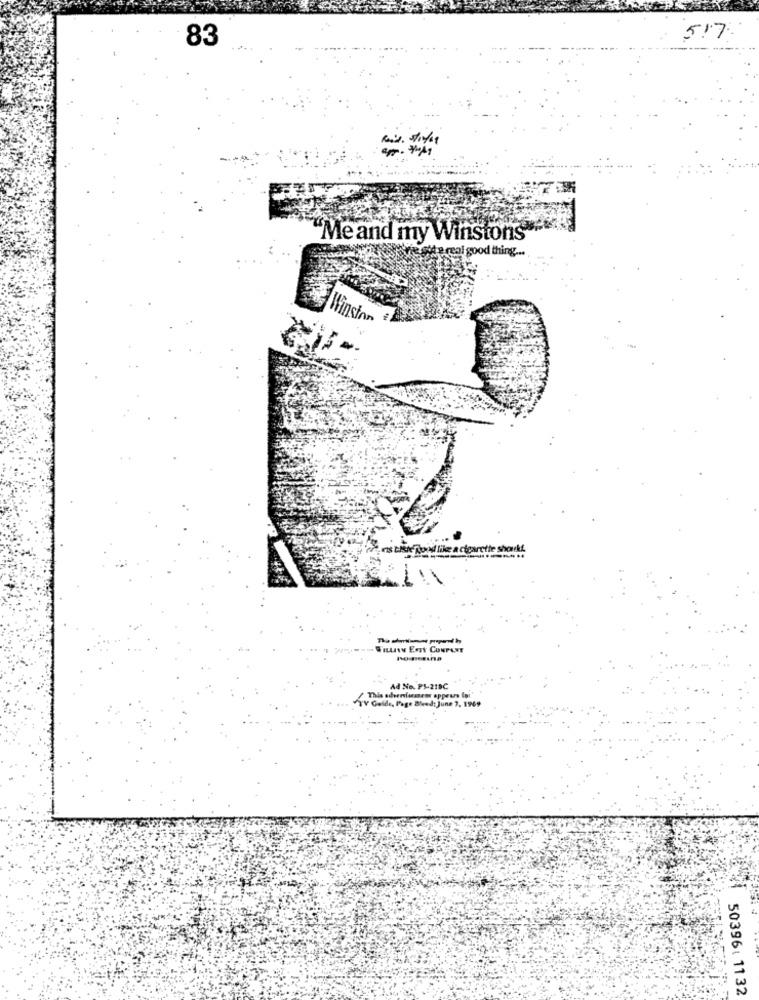
517
83
"Me and my Winstons
e real good thing ...
Winston
ris tiste Tond like a cigarette shouki.
Ad No. P5-218C
V Golde, Page Bleed: June 7, 1969
This adversacanens appears for
50396: 11 32